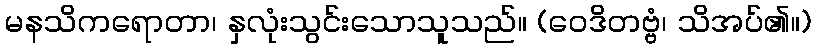
မနသိကရောတာ၊ နှလုံးသွင်းသောသူသည်။ (ဝေဒိတဗ္ဗံ၊ သိအပ်၏။)